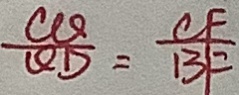
\frac { C O } { Q D } = \frac { C F } { B F }